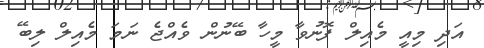
އަދި މިއީ މެއިލް ފޮނުވާ މީހާ ބޭނުން ވެއްޖެ ނަމަ މެއިލް ލިބޭ